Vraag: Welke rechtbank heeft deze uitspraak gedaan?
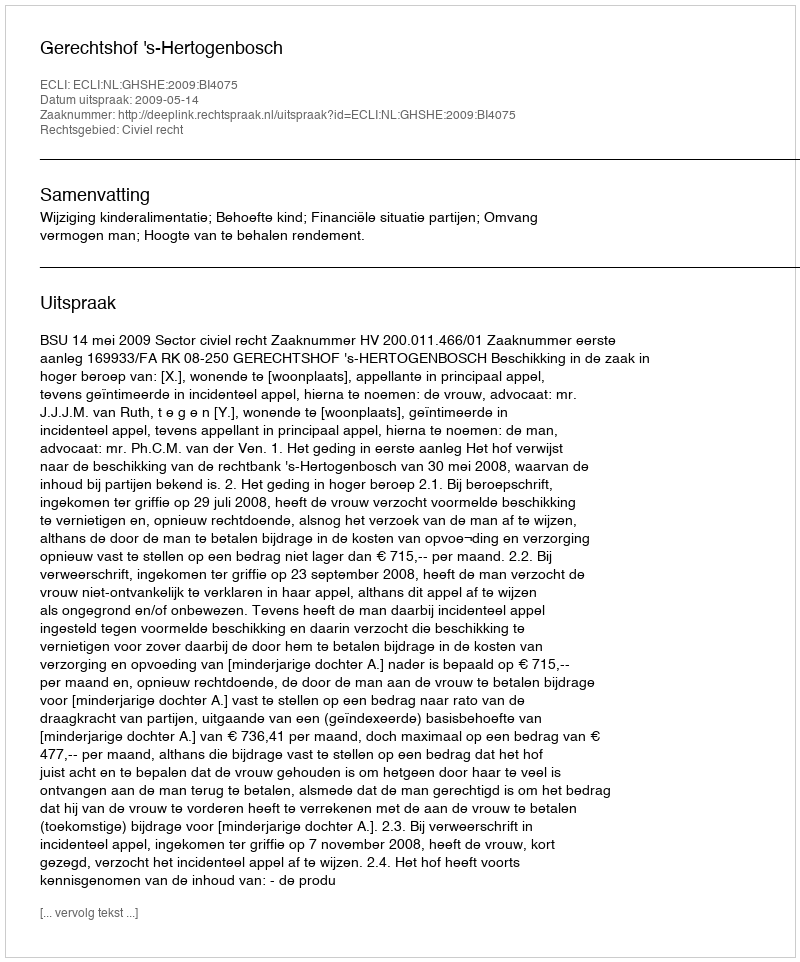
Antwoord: Gerechtshof 's-Hertogenbosch